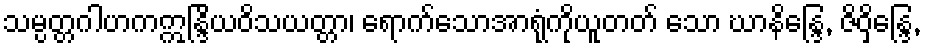
သမ္ပတ္တဂါဟကဣန္ဒြိယဝိသယတ္တာ၊ ရောက်သောအာရုံကိုယူတတ် သော ဃာနိန္ဒြေ, ဇိဝှိန္ဒြေ,